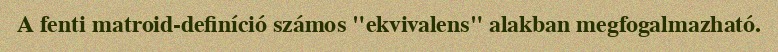
A fenti matroid-definíció számos "ekvivalens" alakban megfogalmazható.